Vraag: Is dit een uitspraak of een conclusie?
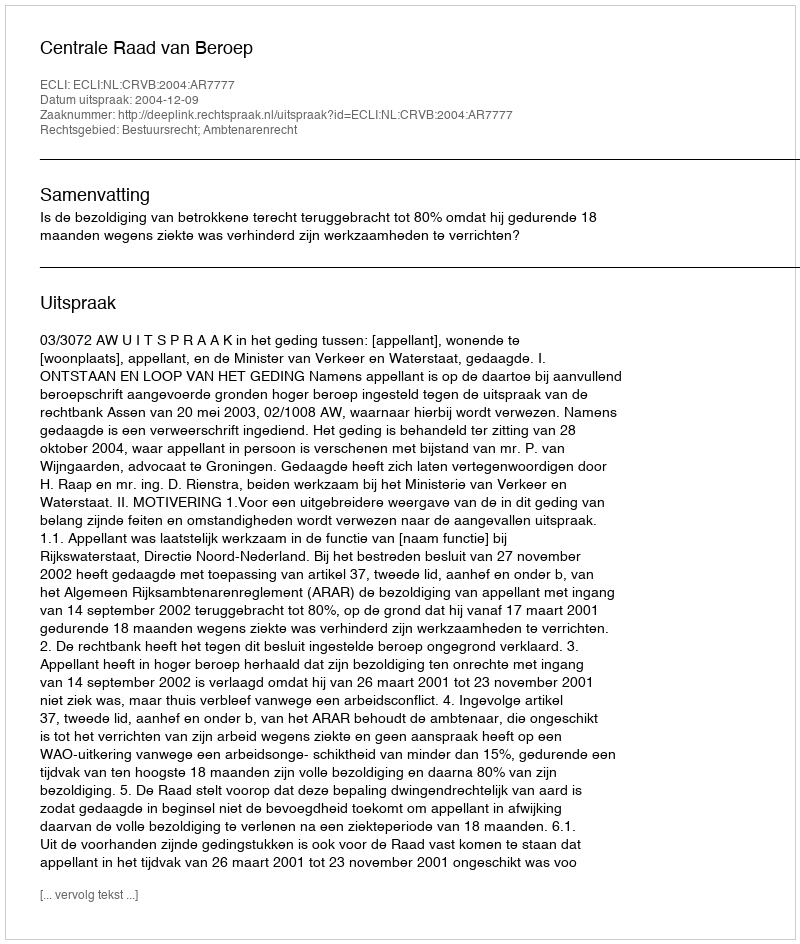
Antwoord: Uitspraak